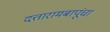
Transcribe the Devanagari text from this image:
दत्तारामबापूंचा